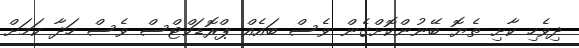
ދިވެހި ކާށި ތެޔޮ ބޭނުންކޮށްގެން ވެސް ބައެއް ޕްރޮޑަކްޓްސް ވެސް ހަދާ ކަމަށް